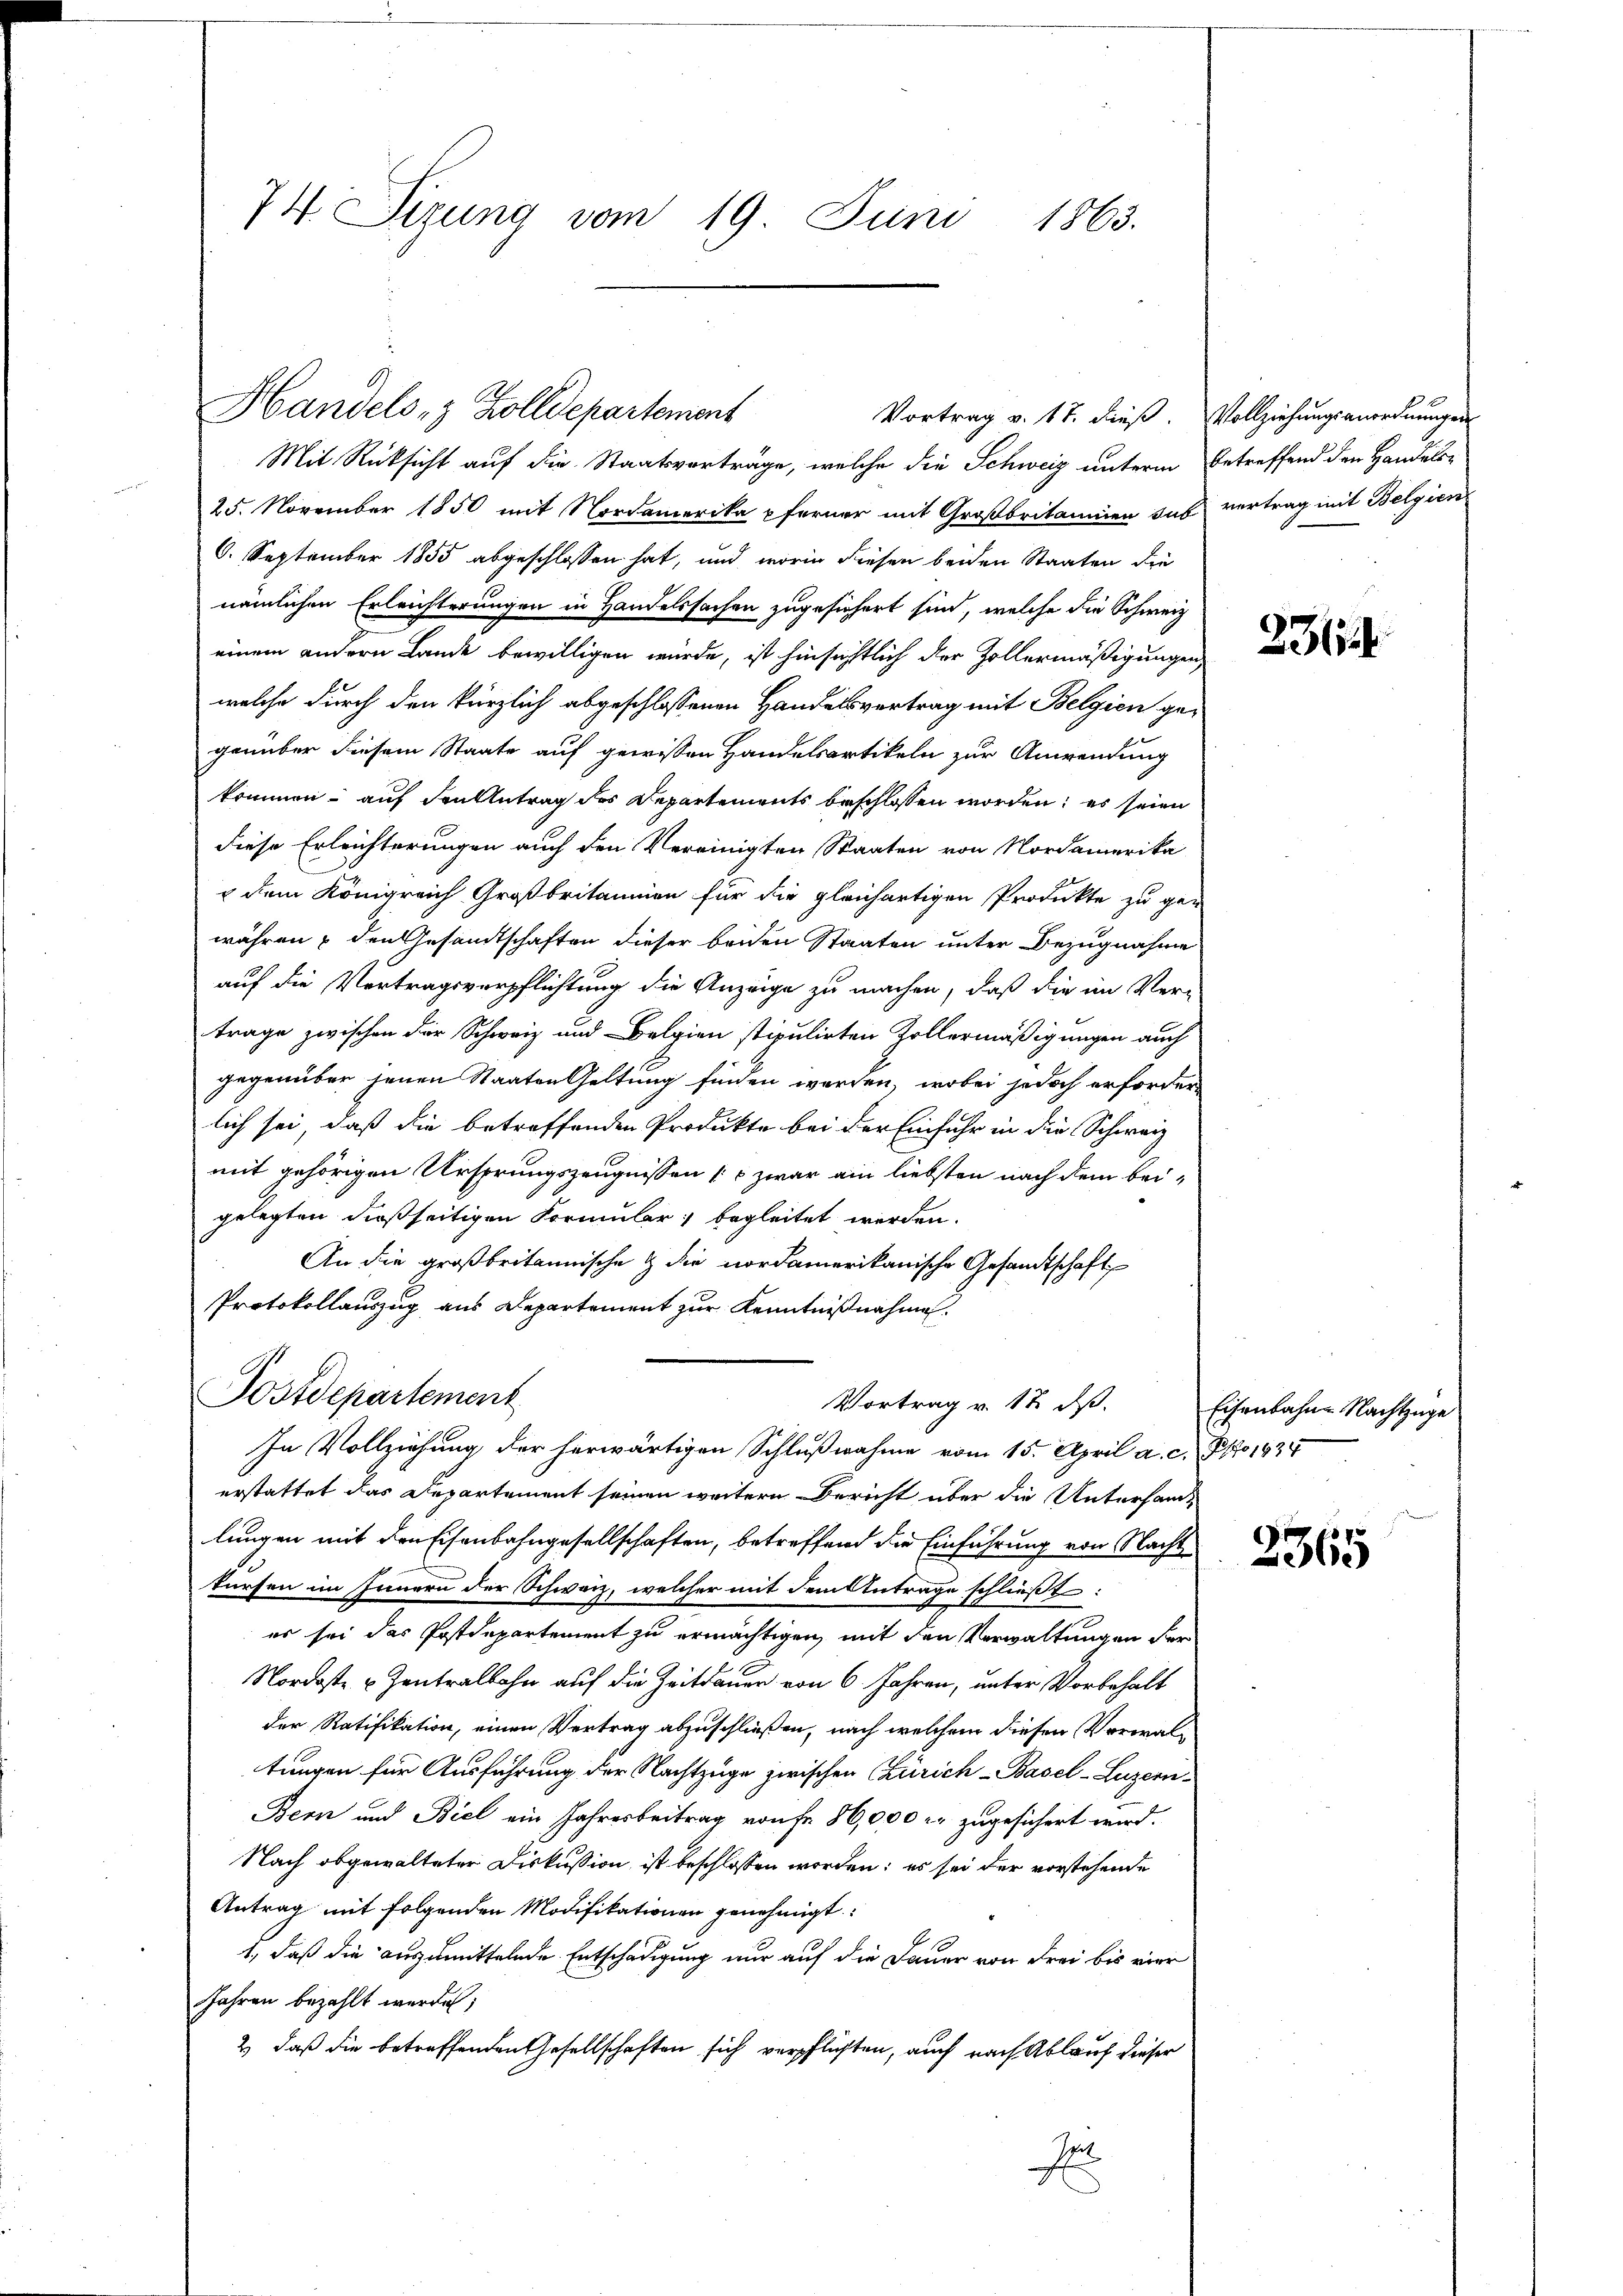
74. Sizung vom 19. Juni 1863.

Handels 3 Zolldepartement

Vortrag v. 17. dieß. Vollziehungsanordnungen
Mit Rücksicht auf die Staatsverträge, welche die Schweiz unterm betreffend den Handels¬
25. November 1850 mit Nordamerika pferner mit Großbritannien sub vertrag mit Belgien
6. September 1855 abgeschlossen hat, und worin diesen beiden Staaten die
nämlichen Erleichterungen in Handelssachen zugesichert sind, welche die Schweiz
einem andern Lande bewilligen würde, ist hinsichtlich der Zollermäßigungen,
welche durch den kürzlich abgeschlossenen Handelsvertrag mit Belgien gegenüber diesem Staate auf gewissen Handelsartikeln zur Anwendung
kommen, auf den Antrag des Departements beschlossen worden; es seien
diese Erleichterungen auch den Vereinigten Staaten von Nordamerika
 dem Königreich Großbritannien für die gleichartigen Produkte zu gen
währen & den Gesandtschaften dieser beiden Staaten unter Bezugnahme
auf die Vertragsverpflichtung die Anzeige zu machen, daß die im Ver-
trage zwischen der Schweiz und Belgien stipulirten Zollermäßigungen auch
gegenüber jenen Staaten Geltung finden werden, wobei jedoch erforderlich sei, daß die betreffenden Produkte bei der Einfuhr in die Schweiz
mit gehörigen Ursprungszeugnissen (5 zwar ain liebsten nach dem beigelegten dießseitigen Formular begleitet werden.
An die großbritannische & die nordamerikanische Gesandtschaft
Protokollauszug aus Departement zur Kenntnißnahmen.
Postdepartement
Vortrag v. 12. dß.
In Vollziehung der herwärtigen Schlußnahme vom 15. April a. c. Pro. 1934
erstattet das Departement seinen weitern Bericht über die Unterhande
lungen mit den Eisenbahngesellschaften, betreffend die Einführung von Nacht
kursen im Innern der Schweiz, welcher mit dem Antrage schließt:
es sei das Postdepartement zu ermächtigen, mit den Verwaltungen der
Nordoste u. Zentralbahn auf die Zeitdauer von 6 Jahren, unter Vorbehalt
der Ratifikation, einen Vertrag abzuschließen, nach welchem diesen Verwaltungen für Ausführung der Nachtzuge zwischen Curich-Basel-Luzern,
Bern und Biel ein Jahresbeitrag von Fr. 86,000 r. zugesichert wird.
Nach abgewalteter Diskussion ist beschlossen worden; es sei der vorstehende
Antrag mit folgenden Modifikationen genehmigt.
1., daß die auszumittelnde Entschädigung nur auf die Dauer von Frei bis vier
Jahren bezahlt werden;
2) daß die betreffenden Gesellschaften sich verpflichten, auch nach Ablauf dieser
It
4

236

Eisenbahne Nachtzuge

2365